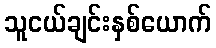
သူငယ်ချင်းနှစ်ယောက်